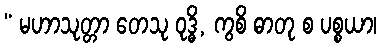
“ မဟာသုတ္တာ တေသု ဝုဒ္ဓိ, ကွစိ ဓာတု စ ပစ္စယာ၊